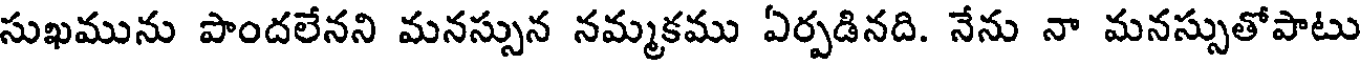
సుఖమును పొందలేనని మనస్సున నమ్మకము ఏర్పడినది. నేను నా మనస్సుతోపాటు